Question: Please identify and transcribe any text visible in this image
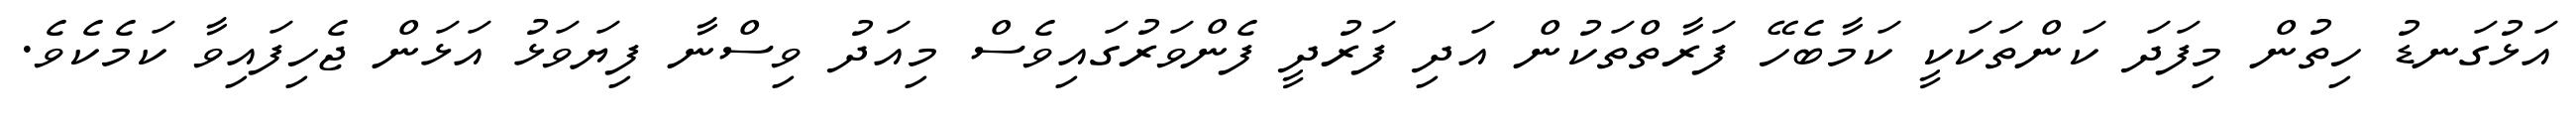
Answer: އަޅުގަނޑު ހިތުން މިފަދަ ކަންތަކަކީ ކަމާބެހޭ ފަރާތްތަކުން އަދި ފަރުދީ ފެންވަރުގައިވެސް މިއަދު ވިސްނާ ފިޔަވަޅު އަޅަން ޖެހިފައިވާ ކަމެކެވެ.